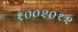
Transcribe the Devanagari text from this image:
१००२०१२